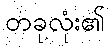
တခုလုံး၏